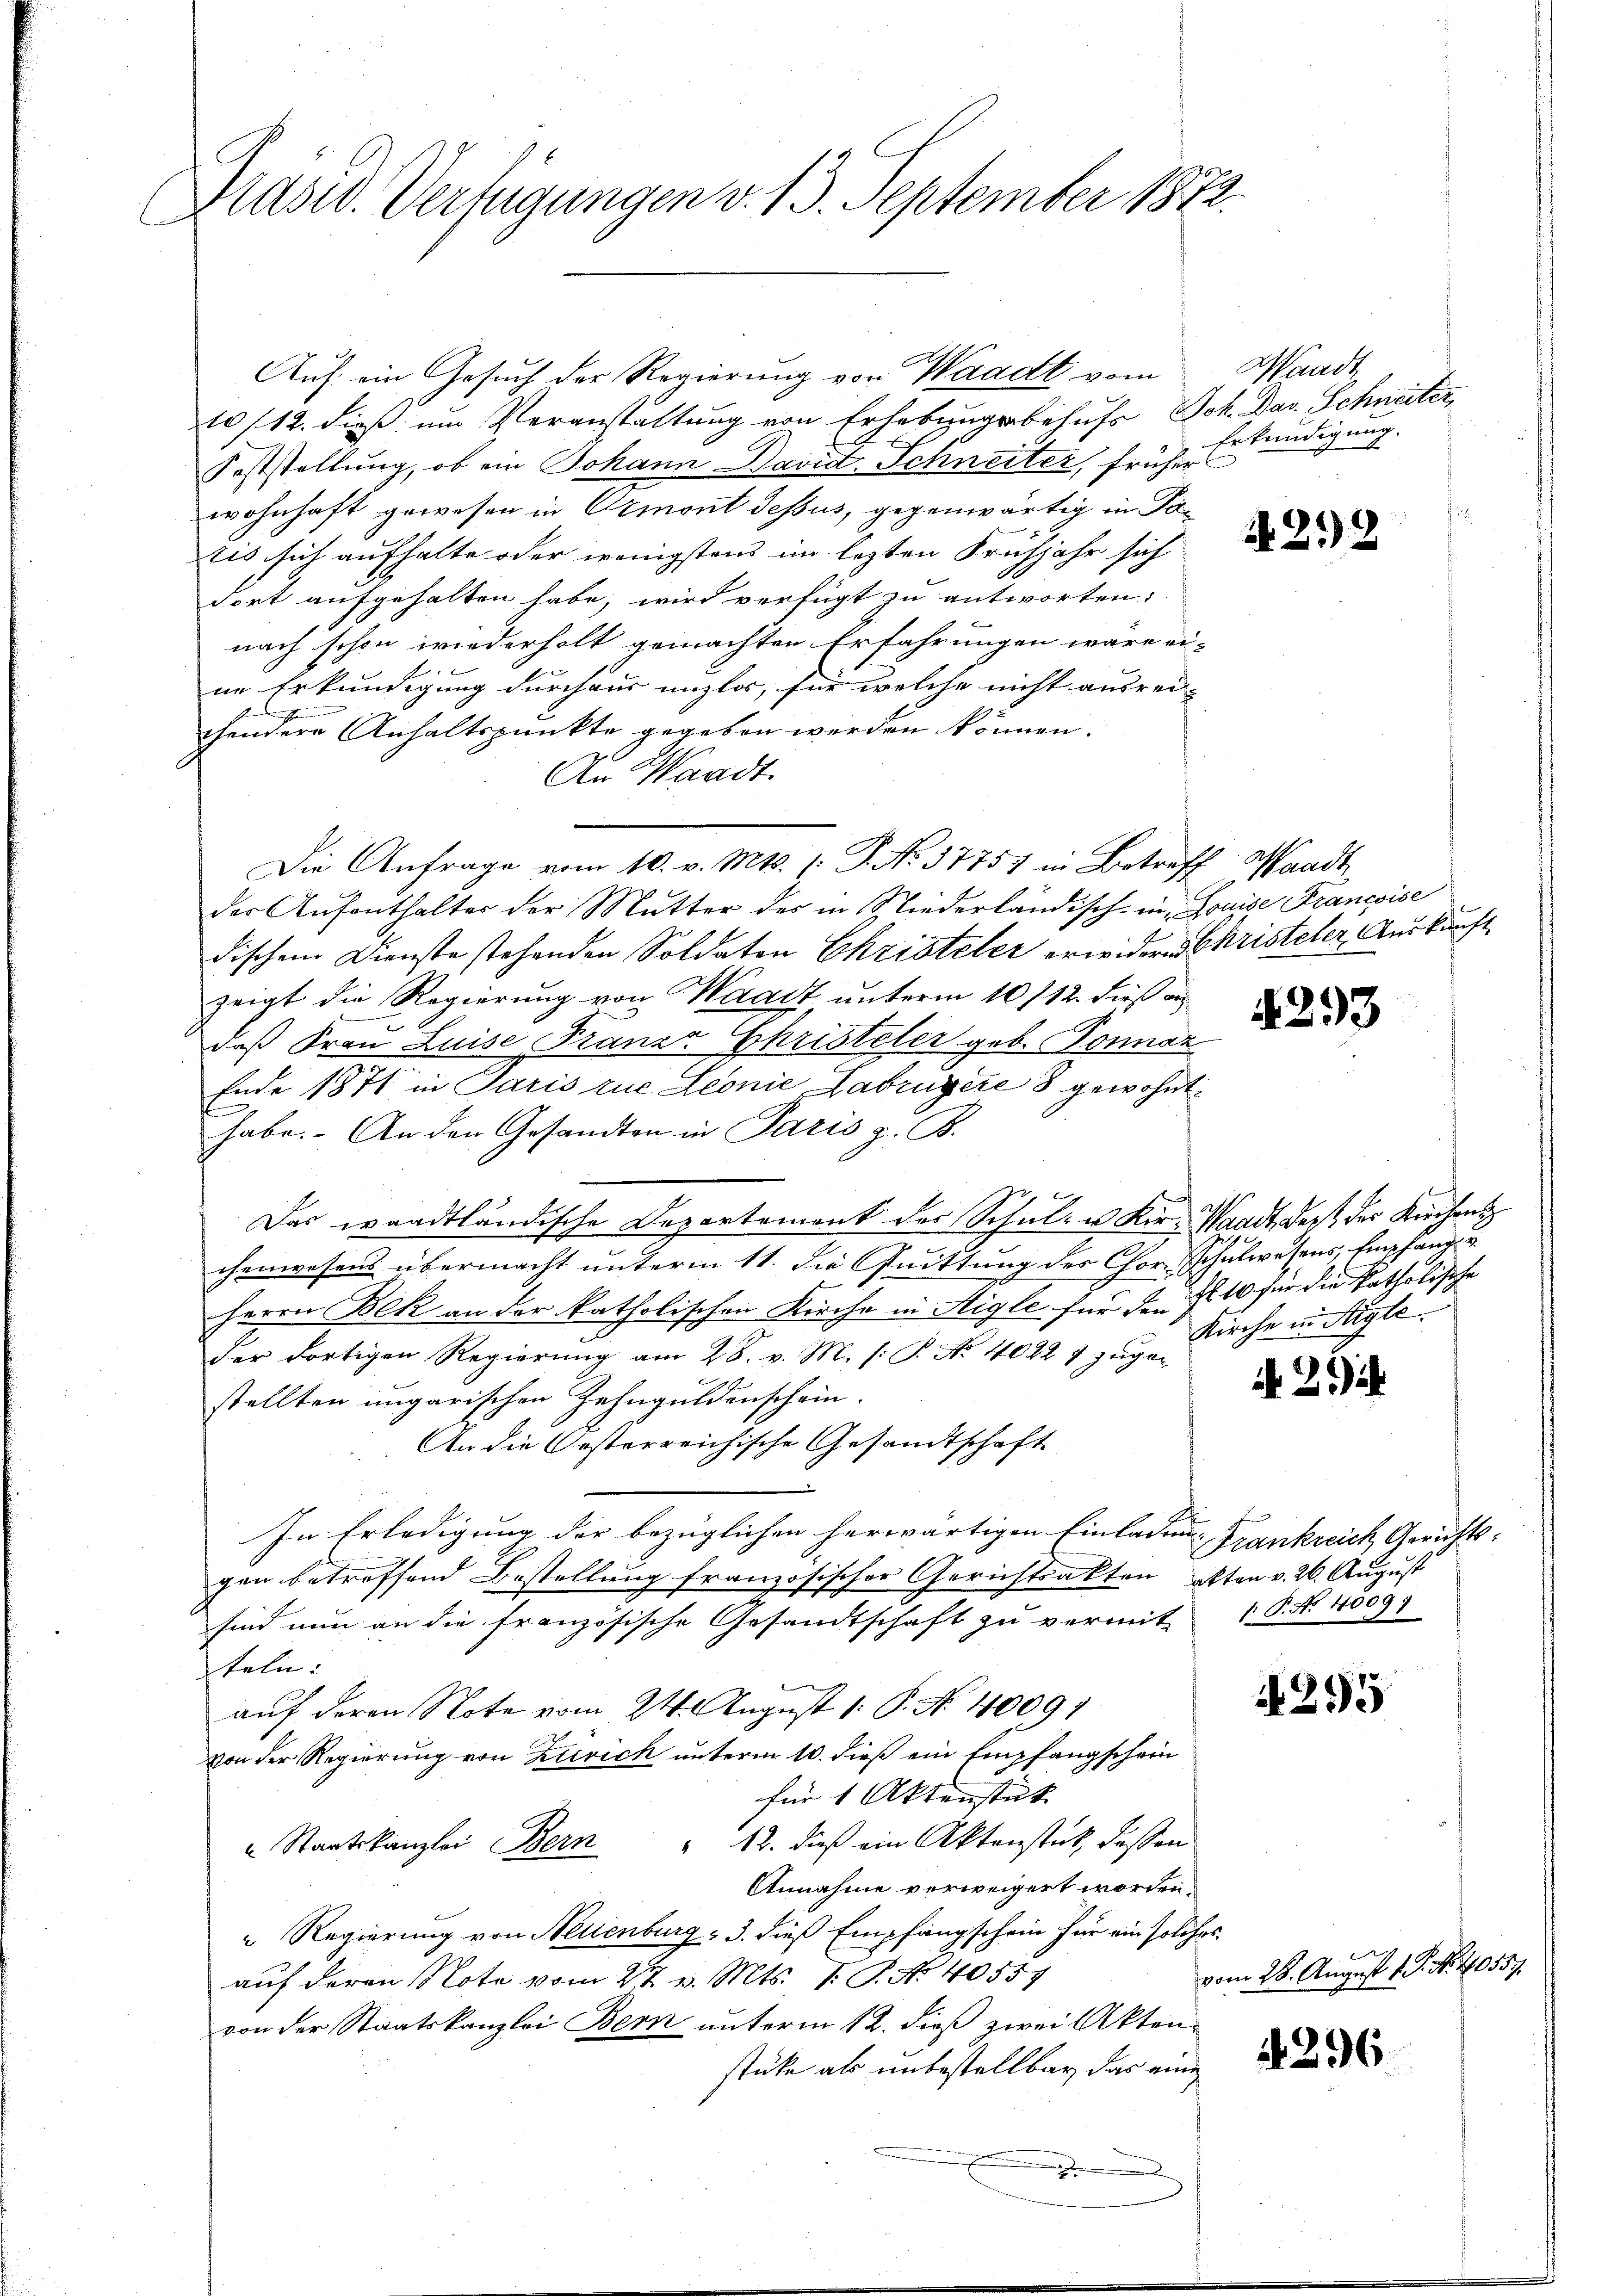
Präsid. Verfügungen v. 13. September 1872.

Auf ein Gesuch der Regierung von Waadt vom
10/12. dieß um Veranstaltung von Erhebungsbehufs Joh. Das Schneiter,
Feststellung, ob ein Johann David Schneiter, früher
wohnhaft gewesen in Ormont dessus, gegenwärtig in Patis sich aufhalte oder wenigstens im lezten Frühjahr sich
dort aufgehalten habe, wird verfügt zu antworten:
nach schon wiederholt gemachten Erfahrungen wäre eine Erkundigung durchaus unzlos, für welche nicht ausrei-
chendere Anhaltspunkte gegeben werden können.
An Waadt.
Die Anfrage vom 10. v. Mts. (: P. No. 37757 in Betreff Waadt
der Aŭfenthalter der Mutter des in Niederländisch-in Louise Francoise
dischen Dienste stehenden Soldaten Christeter erwiders Christeter, Auskunft
zeigt die Regierung von Waadt unterm 10/12. dieß an
6
daß Frau Luise Franza Christeter geb. Sonnat
Ende 1871 in Paris zue Leonie Labruyère 8 gewohnt.
habe. An den Gesandten in Paris z. B.
Das waadtländische Departement des Schul- u. Kir- Waadt, daß der Kirchent
chenwesens übermacht unterm 11. die Quittung des Chor Schulwesens, Empfangs¬
Herrn Bek an der katholischen Kirche in Aigle für den Z. 10 für die katholische
der dortigen Regierung am 28. v. M. (: P. Nr. 4022 7 zuger
stellten ungarischen Zehnguldenschein.
An die Oesterreichische Gesandtschaft
E
In Erledigung der bezüglichen herwärtigen Einladen Frankreich Gerichts- |
gen betreffend Bestellung französischer Gerichtsakten akten v. 26. August
sind nun an die französische Gesandtschaft zu vermit-
teln.
auf deren Note vom 24. August 1 P. Nr. 4009;
von der Regierung von Zürich unterm 10. dieß ein Empfangschein
für 1 Aktenstat
 Staatskanzlei Bern " 12. dieß ein Aktenstat, dassen
Annahme verweigert worden.
 Regierung von Neuenburg - 3. dieß Empfangschein für ein solches
auf deren Note vom 27. v. Mts. 1. P. No 40559
von der Staatskanzlei Bern unterm 12. dieß zwei Aktenstücke als unbestellbar das eine

Waadt,
Erkundigung.

4212

293

Kirche in Aigle

2.)

P. Nr. 4509)

A 295

vom 28. August 1. No. 170557.

296